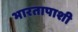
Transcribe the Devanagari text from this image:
भारतापाशी